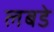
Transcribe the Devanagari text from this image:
लबडे